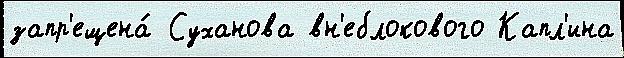
запр'ещена́ Суханова вн'еблокового Капл'ина